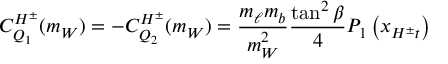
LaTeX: C _ { Q _ { 1 } } ^ { H ^ { \pm } } ( m _ { W } ) = - C _ { Q _ { 2 } } ^ { H ^ { \pm } } ( m _ { W } ) = \frac { m _ { \ell } m _ { b } } { m _ { W } ^ { 2 } } \frac { \tan ^ { 2 } \beta } { 4 } P _ { 1 } \left( x _ { H ^ { \pm } t } \right)